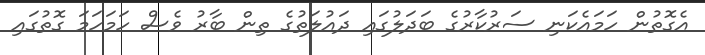
އެގޮތުން ހަމައެކަނި ސަރުކާރުގެ ބަދަލުގައި ދައުލަތުގެ ތިން ބާރު ވެސް ހަމަހަމަ ގޮތުގައި